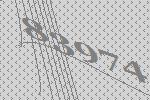
83974